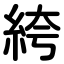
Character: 絝